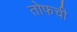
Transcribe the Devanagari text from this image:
तोफची